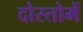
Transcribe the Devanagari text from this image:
दोस्तोमें